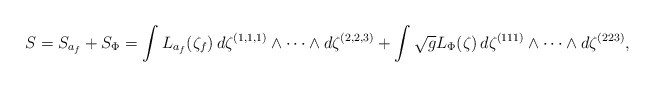
\begin{align*}S=S_{a_{f}} + S_{\Phi}=\int L_{a_{f}}(\zeta_{f})\,d\zeta^{(1,1,1)}\wedge\cdots \wedge d\zeta^{(2,2,3)}+\int \sqrt{g}L_{\Phi}(\zeta)\,d\zeta^{(111)}\wedge\cdots \wedge d\zeta^{(223)},\end{align*}